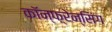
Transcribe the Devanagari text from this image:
कॉन्फ़्रेन्सिंग